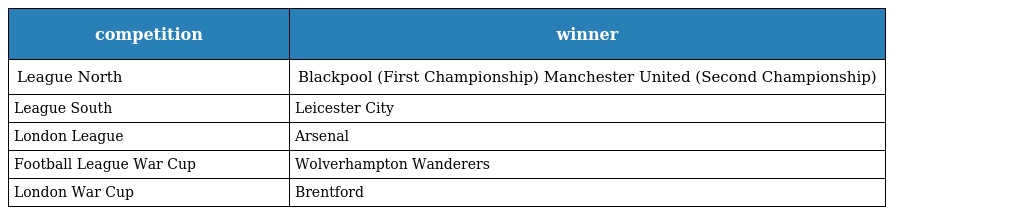
| competition | winner |
 | --- | --- |
 | League North | Blackpool (First Championship) Manchester United (Second Championship) |
 | League South | Leicester City |
 | London League | Arsenal |
 | Football League War Cup | Wolverhampton Wanderers |
 | London War Cup | Brentford |